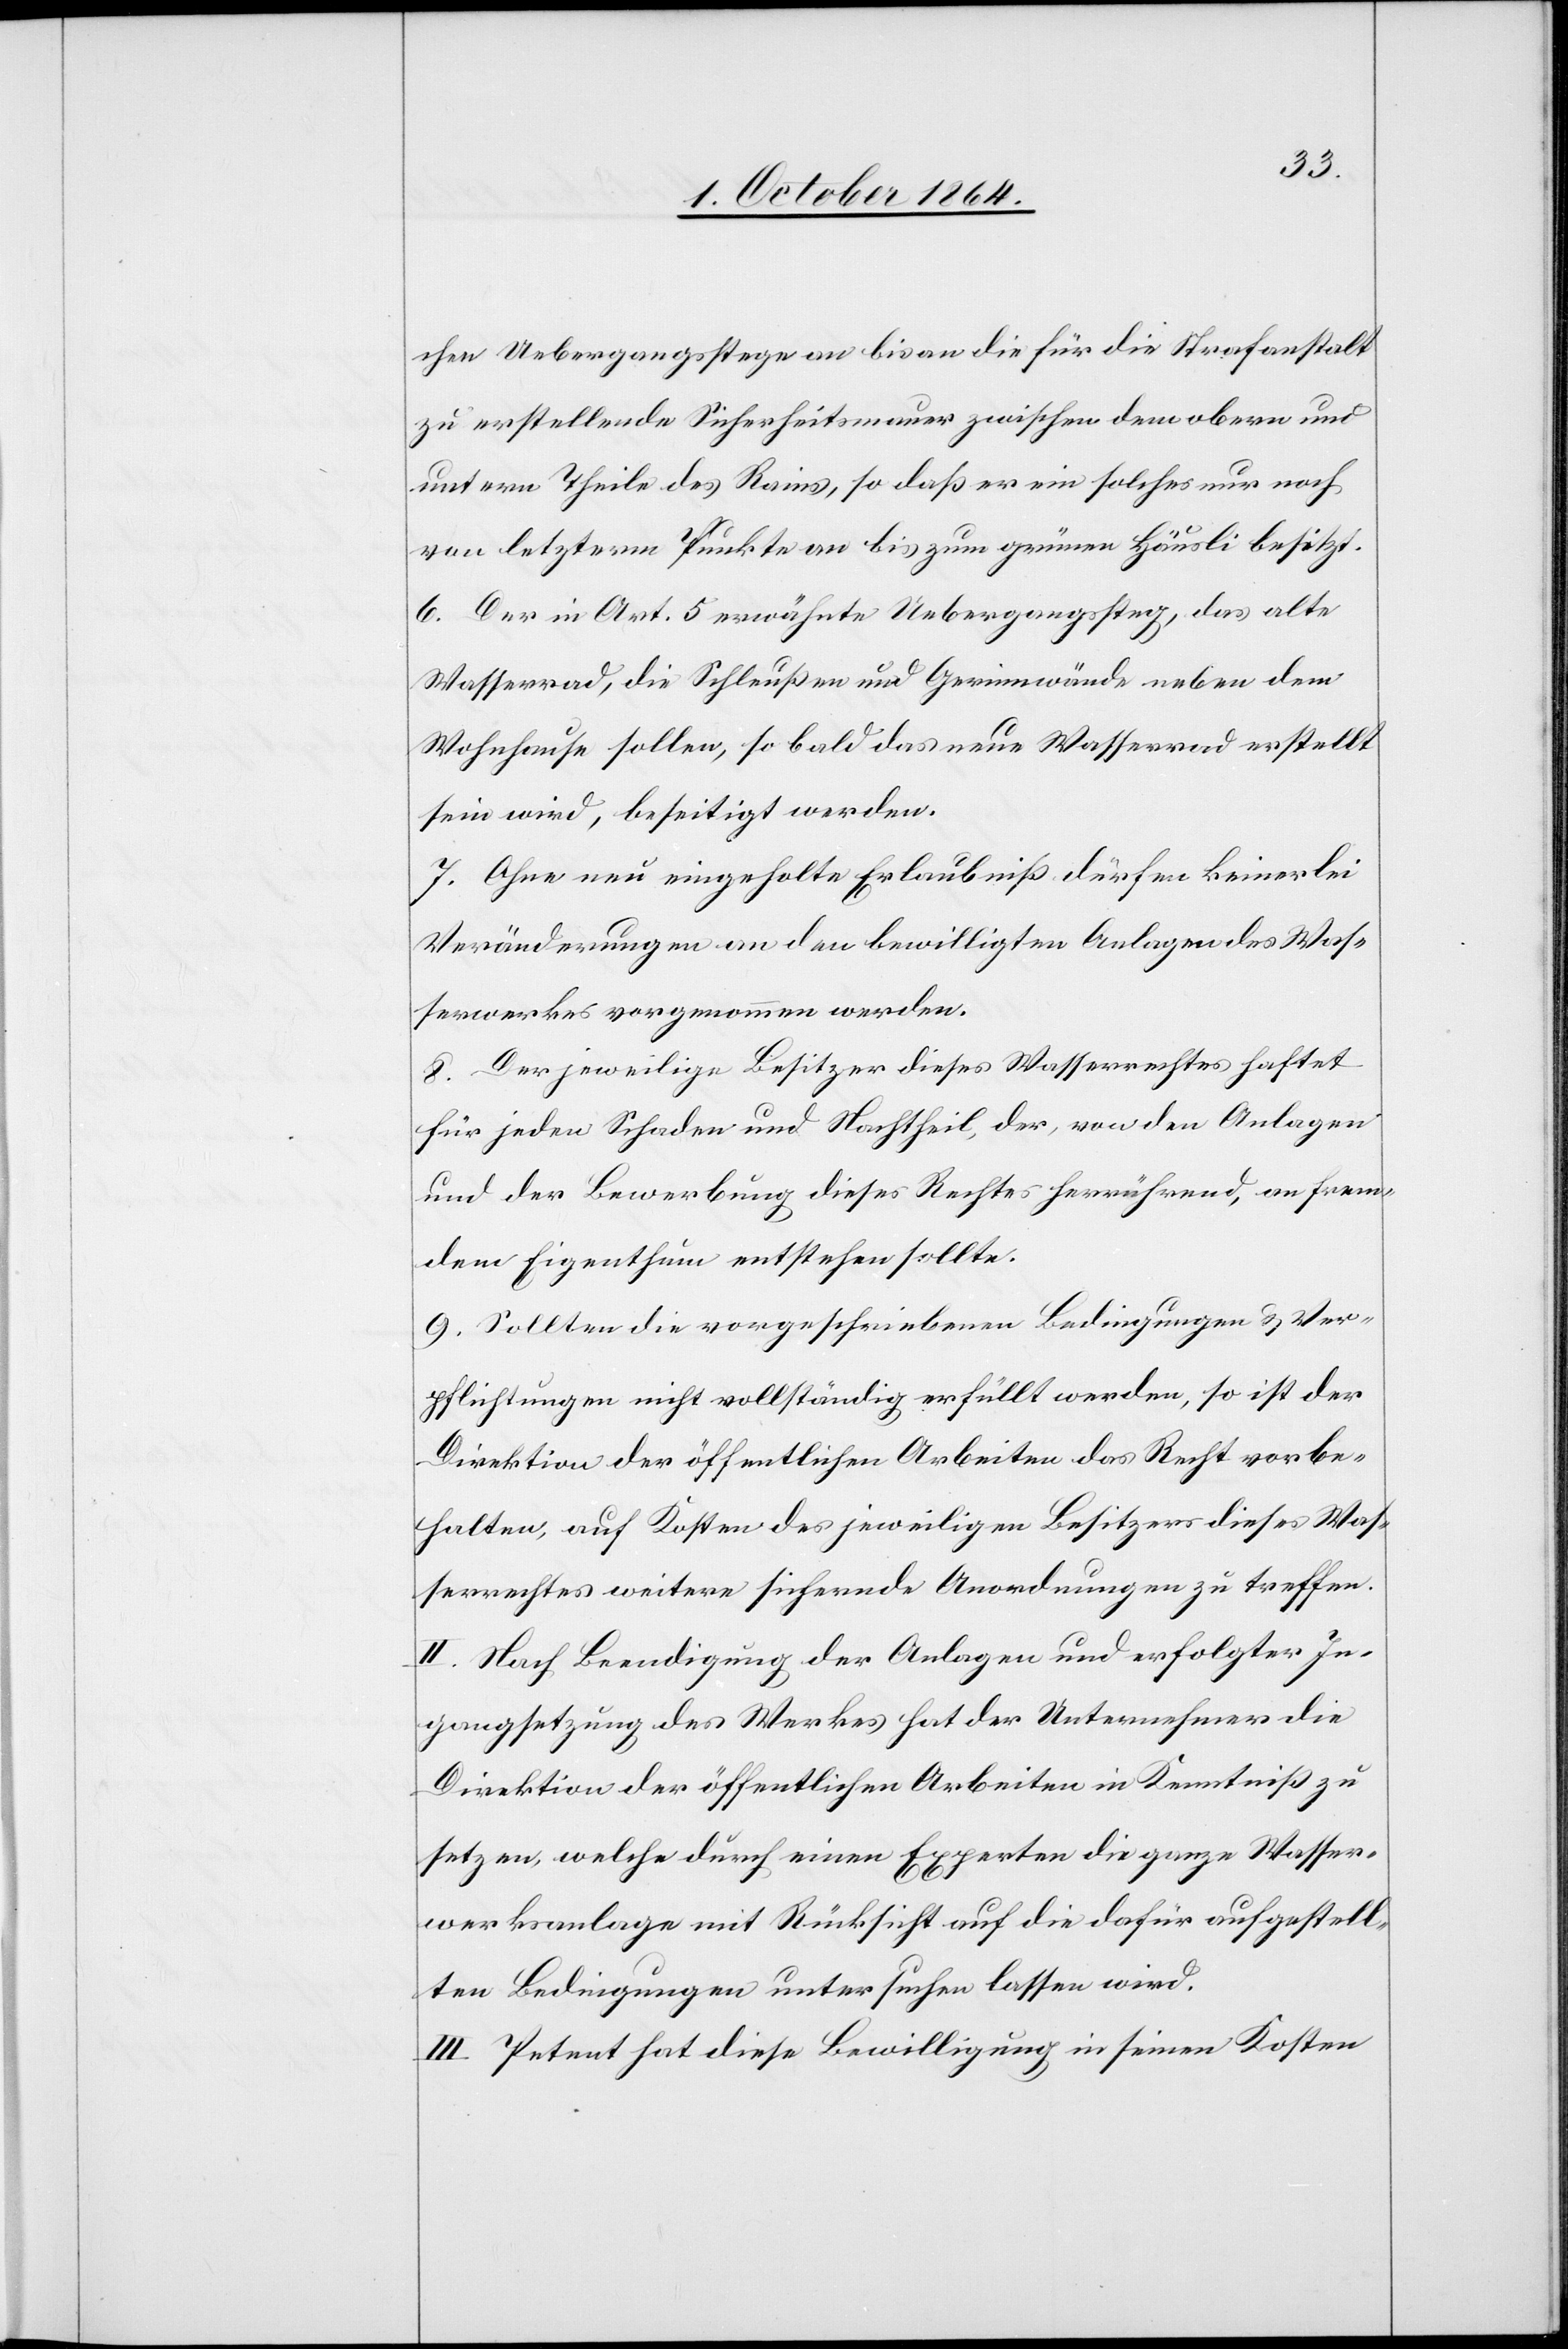
erwerkes weitere
chen Uebergangsstege an bis an die für die Strafanstalt
zu erstellende Sicherheitsmauer zwischen dem obern und
untern Theile des Rains, so daß er ein solches nur noch
von letzterm Punkt an bis zum grünen Häusli besitzt.
6. Der in Art. 5 erwähnte Uebergangssteg, das alte
Wasserrad, die Schleußen und Gerinnwände neben dem
Wohnhause sollen, so bald das neue Wasserrad erstellt
sein wird, beseitigt werden.
7. Ohne neu eingeholte Erlaubniß dürfen keinerlei
Veränderungen an den bewilligten Anlagen des Was¬
serwerkes vorgenommen werden.
8. Der jeweilige Besitzer dieses Wasserrechtes haftet
für jeden Schaden und Nachtheil, der, von den Anlagen
und der Bewerbung dieses Rechtes herrührend, an frem¬
dem Eigenthum entstehen sollte.
9. Sollten die vorgeschriebenen Bedingungen & Ver¬
pflichtungen nicht vollständig erfüllt werden, so ist der
Direktion der öffentlichen Arbeiten das Recht vorbe¬
halten, auf Kosten der jeweiligen Besitzer dieses Wass¬
II. Nach Beendigung der Anlagen und erfolgter In¬
gangsetzung des Werkes hat der Unternehmer die
Direktion der öffentlichen Arbeiten in Kenntniß zu
setzen, welche durch einen Experten die ganze Wasser¬
werksanlage mit Rücksicht auf die dafür aufgestell¬
ten Bedingungen untersuchen lassen wird.
III. Petent hat diese Bewilligung in seinen Kosten